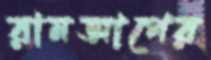
রানআপের